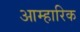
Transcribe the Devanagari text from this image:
आम्हारिक